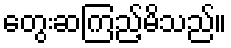
တွေးဆကြည့်မိသည်။